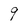
Character: 9